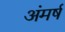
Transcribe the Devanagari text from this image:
अंमर्ष